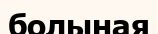
болыная